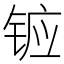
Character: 𮸍